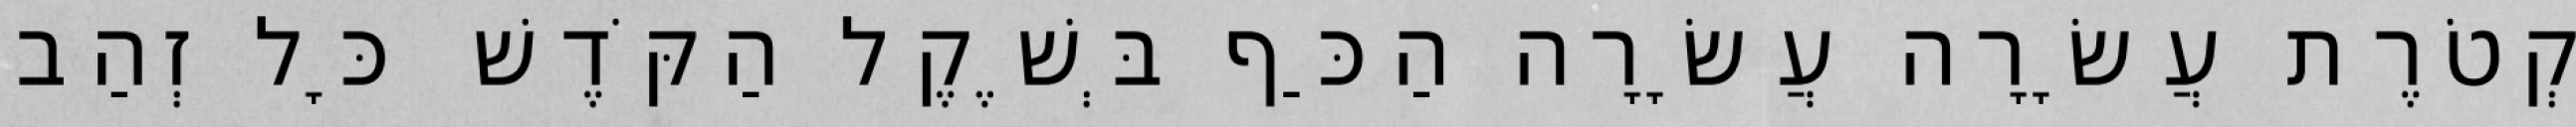
קְטֹרֶת עֲשָׂרָה עֲשָׂרָה הַכַּף בְּשֶׁקֶל הַקֹּדֶשׁ כָּל זְהַב